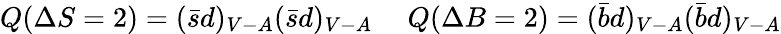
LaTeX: Q(\Delta S=2)=(\bar{s}d)_{V-A}(\bar{s}d)_{V-A}~~~~~Q(\Delta B=2)=(\bar{b}d)_{V-A}(\bar{b}d)_{V-A}